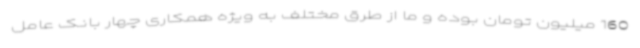
160 میلیون تومان بوده و ما از طرق مختلف به ویژه همکاری چهار بانک عامل